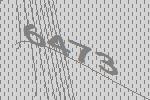
6473